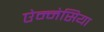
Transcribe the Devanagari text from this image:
ऐम्नेसिया